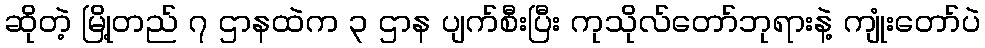
ဆိုတဲ့ မြို့တည် ၇ ဌာနထဲက ၃ ဌာန ပျက်စီးပြီး ကုသိုလ်တော်ဘုရားနဲ့ ကျုံးတော်ပဲ